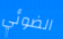
الضوئي